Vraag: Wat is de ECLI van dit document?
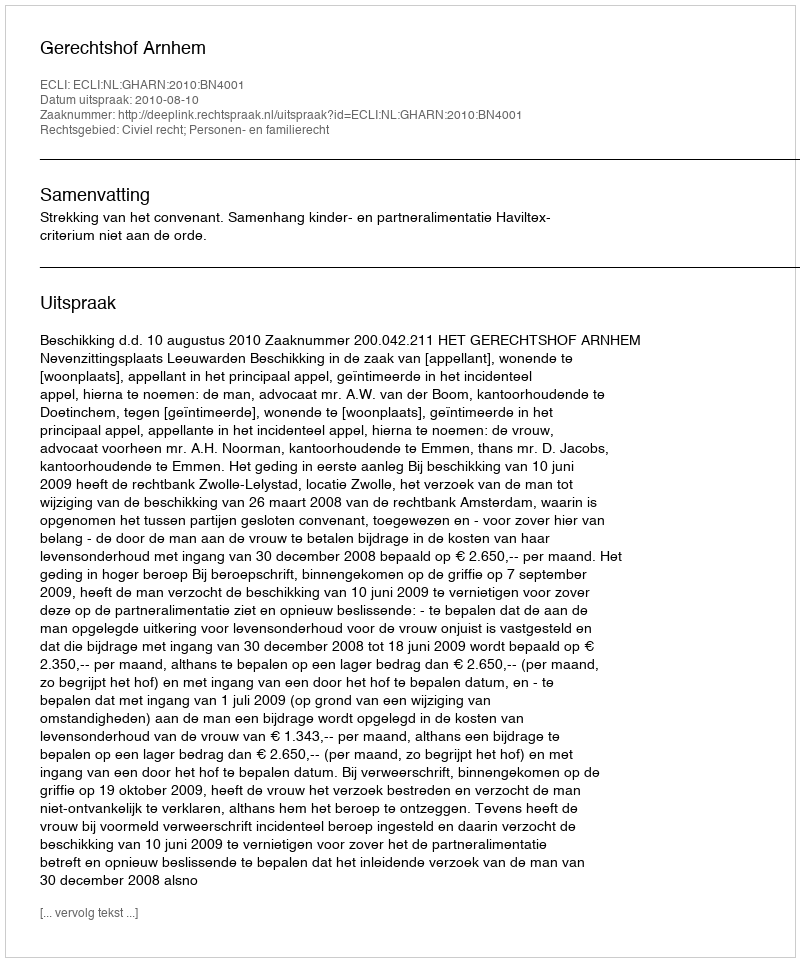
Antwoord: ECLI:NL:GHARN:2010:BN4001